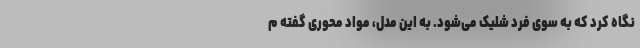
نگاه کرد که به سوی فرد شلیک می‌شود. به این مدل، مواد محوری گفته م